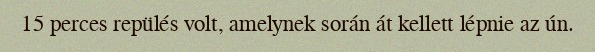
15 perces repülés volt, amelynek során át kellett lépnie az ún.